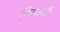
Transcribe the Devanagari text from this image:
निरयाती